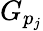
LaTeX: G_{p_{j}}